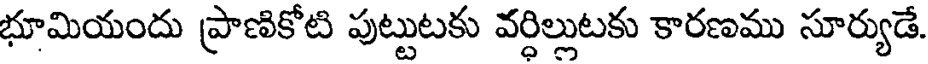
భూమియందు ప్రాణికోటి పుట్టుటకు వర్ధిల్లుటకు కారణము సూర్యుడే.